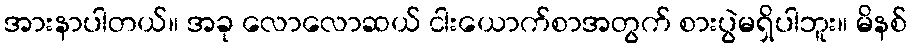
အားနာပါတယ်။ အခု လောလောဆယ် ငါးယောက်စာအတွက် စားပွဲမရှိပါဘူး။ မိနစ်